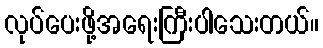
လုပ်ပေးဖို့အရေးကြီးပါသေးတယ်။